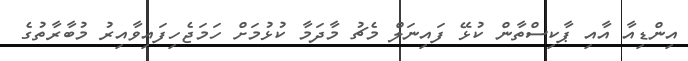
އިންޑިއާ އާއި ޕާކިސްތާން ކުޅޭ ފައިނަލް މެޗު މާދަމާ ކުޅުމަށް ހަމަޖެހިފައިވާއިރު މުބާރާތުގެ